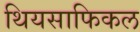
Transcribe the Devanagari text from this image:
थियसाफिकल